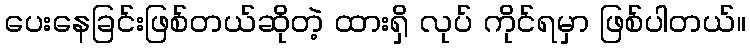
ပေးနေခြင်းဖြစ်တယ်ဆိုတဲ့ ထားရှိ လုပ် ကိုင်ရမှာ ဖြစ်ပါတယ်။